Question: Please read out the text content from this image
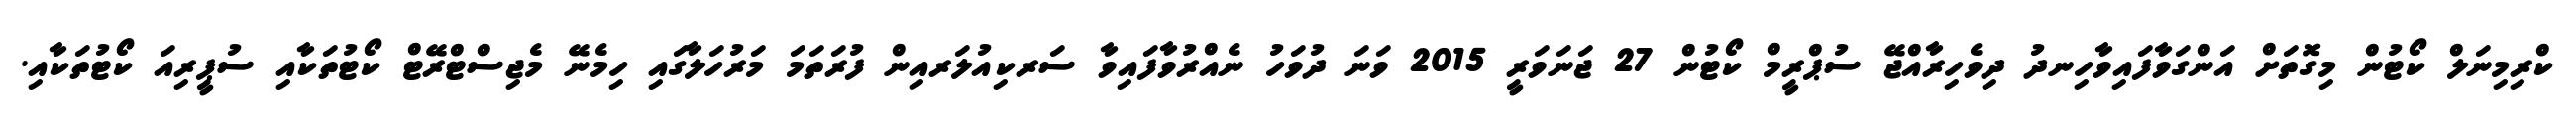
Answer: ކްރިމިނަލް ކޯޓުން މިގޮތަށް އަންގަވާފައިވާހިނދު ދިވެހިރާއްޖޭ ސުޕްރީމް ކޯޓުން 27 ޖަނަވަރީ 2015 ވަނަ ދުވަހު ނެއްރުވާފައިވާ ސަރކިއުލަރއިން ފުރަތަމަ މަރުހަލާގައި ހިމެނޭ މެޖިސްޓްރޭޓް ކޯޓުތަކާއި ސުޕީރިއަ ކޯޓުތަކާއި.